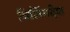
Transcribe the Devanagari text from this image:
त्रिलिंगदेश